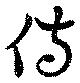
侍